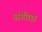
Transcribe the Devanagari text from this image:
अंगौछा